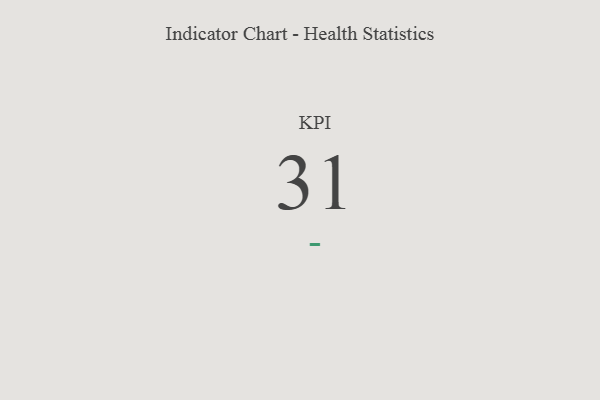
{"axis": {"x": "KPI", "y": "Value"}, "legend": [""], "data": [{"x": "KPI", "y": 31, "type": ""}]}